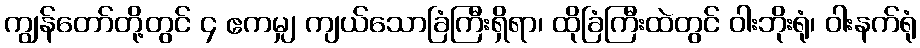
ကျွန်တော်တို့တွင် ၄ ဧကမျှ ကျယ်သောခြံကြီးရှိရာ၊ ထိုခြံကြီးထဲတွင် ဝါးဘိုးရုံ၊ ဝါးနက်ရုံ